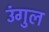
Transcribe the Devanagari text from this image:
उंगुल